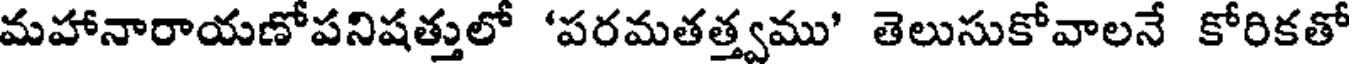
మహానారాయణోపనిషత్తులో 'పరమతత్త్వము' తెలుసుకోవాలనే కోరికతో